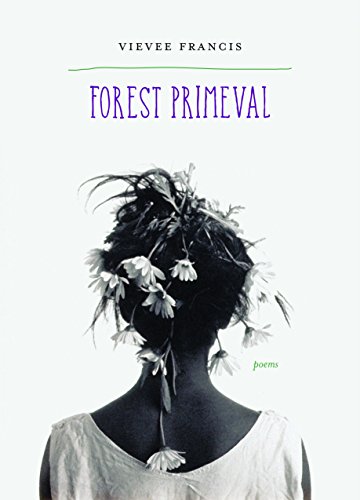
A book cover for Forest Primeval: Poems; Vievee Francis; Literature & Fiction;